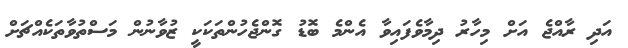
އަދި ރާއްޖެ އަށް މިހާރު ދިމާވެފައިވާ އެންމެ ބޮޑު ގޮންޖެހުންތަކަކީ ޒުވާނުން މަސްތުވާތަކެއްޗަށް